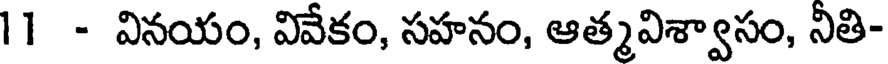
11 - వినయం, వివేకం, సహనం, ఆత్మవిశ్వాసం, నీతి-